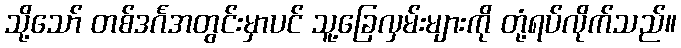
သို့သော် တစ်ဒင်္ဂအတွင်းမှာပင် သူ့ခြေလှမ်းများကို တုံ့ရပ်လိုက်သည်။